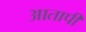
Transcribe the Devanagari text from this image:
आतापी